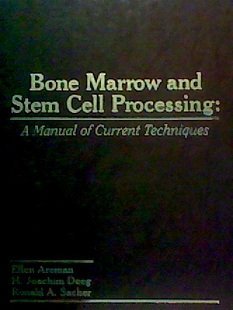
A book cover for Bone Marrow and Stem Cell Processing: A Manual of Current Techniques; Ellen M. Areman; Medical Books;